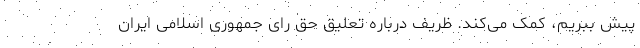
پیش ببریم، کمک می‌کند. ظریف درباره تعلیق حق رای جمهوری اسلامی ایران